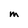
Character: M